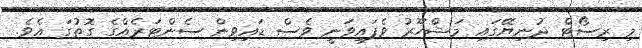
މި ރިސޯޓް ދުނިޔޭގައި މަޝްހޫރު ވެފައިވަނީ ވެސް ޑައިވިން ސެންޓަރެއްގެ ގޮތުގަ އެވެ.